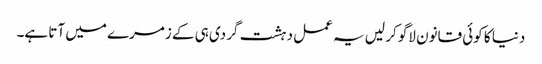
دنیا کا کوئی قانون لاگو کر لیں یہ عمل دہشت گردی ہی کے زمرے میں آتا ہے۔